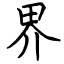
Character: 界